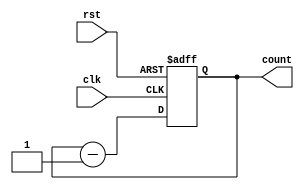
// design: describes the behaviour of system
// behavioural modelling
module syncdown(output reg [3:0] count, input clk, rst);
  always @ (posedge clk or posedge rst)
    
    begin
      
      if(rst)
        count<=0;
      else if(clk)
        count<=count-1;
      else
        count<=0;
  
    end
  
endmodule

// testbench: to check if the design codes are correct

module syncdown_tb();
  
  reg clk, rst;
  wire [3:0] count;
  
  syncdown m1(count, clk, rst);

 initial begin

	$dumpfile("dump.vcd");
    
    $dumpvars(1);

	clk=0;
    rst=1;
   #20 rst=0;
   #150 $stop;

 end
  always #5 clk=~clk;
endmodule